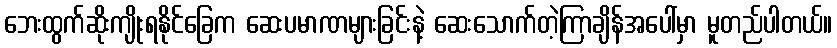
ဘေးထွက်ဆိုးကျိုးရနိုင်ခြေက ဆေးပမာဏများခြင်းနဲ့ ဆေးသောက်တဲ့ကြာချိန်အပေါ်မှာ မူတည်ပါတယ်။